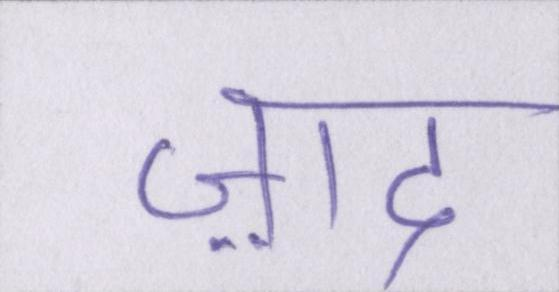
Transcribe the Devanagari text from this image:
ज़ाद